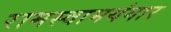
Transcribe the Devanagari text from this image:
रामस्वामयंगार